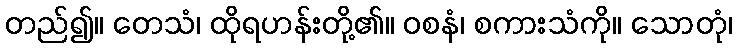
တည်၍။ တေသံ၊ ထိုရဟန်းတို့၏။ ဝစနံ၊ စကားသံကို။ သောတုံ၊